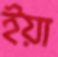
ইয়া